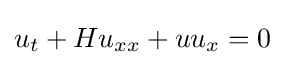
\displaystyle u_{t}+Hu_{xx}+uu_{x}=0